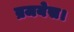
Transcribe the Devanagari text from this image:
ब्रजयेस।